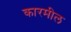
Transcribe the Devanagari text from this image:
कारमील